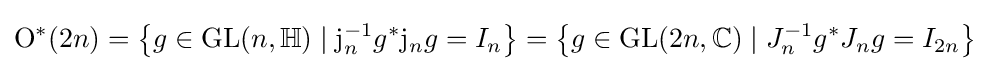
\mathrm {O} ^{*}(2n)=\left\{g\in \mathrm {GL} (n,\mathbb {H} )\mid \mathrm {j} _{n}^{-1}g^{*}\mathrm {j} _{n}g=I_{n}\right\}=\left\{g\in \mathrm {GL} (2n,\mathbb {C} )\mid J_{n}^{-1}g^{*}J_{n}g=I_{2n}\right\}